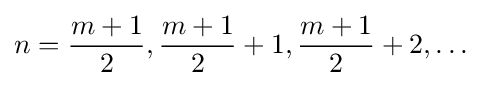
n={\frac {m+1}{2}},{\frac {m+1}{2}}+1,{\frac {m+1}{2}}+2,\ldots